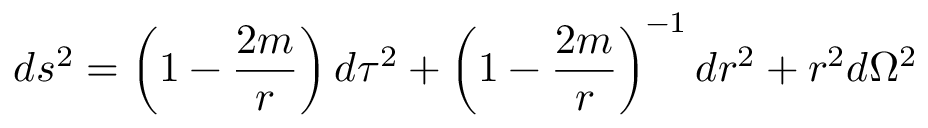
d s ^ { 2 } = \left( 1 - { \frac { 2 m } { r } } \right) d \tau ^ { 2 } + \left( 1 - { \frac { 2 m } { r } } \right) ^ { - 1 } d r ^ { 2 } + r ^ { 2 } d \Omega ^ { 2 }